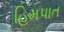
હિમપાત